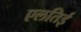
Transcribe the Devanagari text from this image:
एलतिई